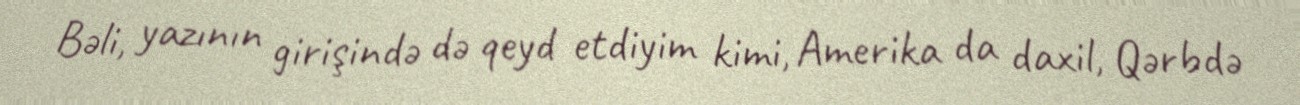
Bəli, yazının girişində də qeyd etdiyim kimi, Amerika da daxil, Qərbdə